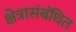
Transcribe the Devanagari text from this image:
क्षेत्रासंबंधित